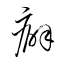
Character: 癖